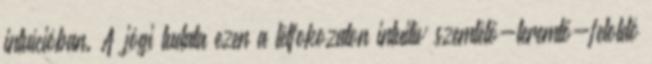
intuícióban. A jógi tudata ezen a létfokozaton intuitív szemlélő-teremtő-feloldó